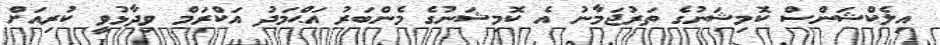
އިލެކްޝަންސް ކޮމިޝަނުގެ ތަރުޖަމާނު އެ ކޮމިޝަނުގެ މެންބަރު އަޙްމަދު އަކްރަމް ވިދާޅުވީ ކުރިއަށް